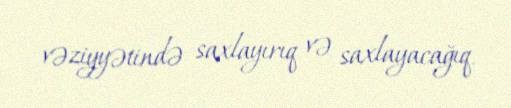
vəziyyətində saxlayırıq və saxlayacağıq.